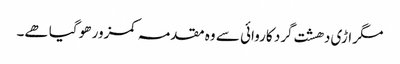
مگر اڑی دھشت گرد کاروائی سے وہ مقدمہ کمزور ھو گیا ھے۔